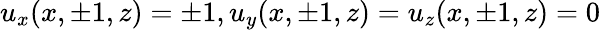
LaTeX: u_{x}(x,\pm 1,z)=\pm 1,u_{y}(x,\pm 1,z)=u_{z}(x,\pm 1,z)=0